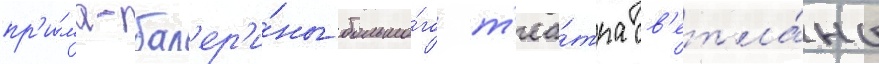
пр'и́ма-бал'ер'и́ны большо́го т'еа́тра св'етла́ны